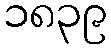
၁၈၃၉